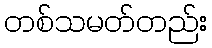
တစ်သမတ်တည်း